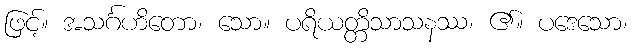
ဖြင့်။ အသင်္ဂဟိတော၊ သော။ ပရိယတ္တိသာသနဿ၊ ၏။ ပဒေသော၊